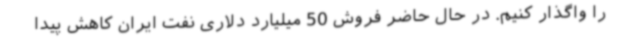
را واگذار کنیم. در حال حاضر فروش 50 میلیارد دلاری نفت ایران کاهش پیدا